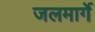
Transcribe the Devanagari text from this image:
जलमार्गे